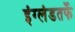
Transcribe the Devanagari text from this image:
इंग्लंडतर्फे